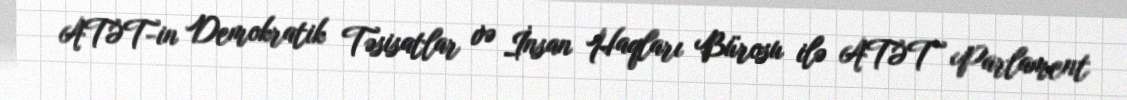
ATƏT-in Demokratik Təsisatlar və İnsan Haqları Bürosu ilə ATƏT Parlament